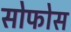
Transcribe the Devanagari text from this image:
सोफोस